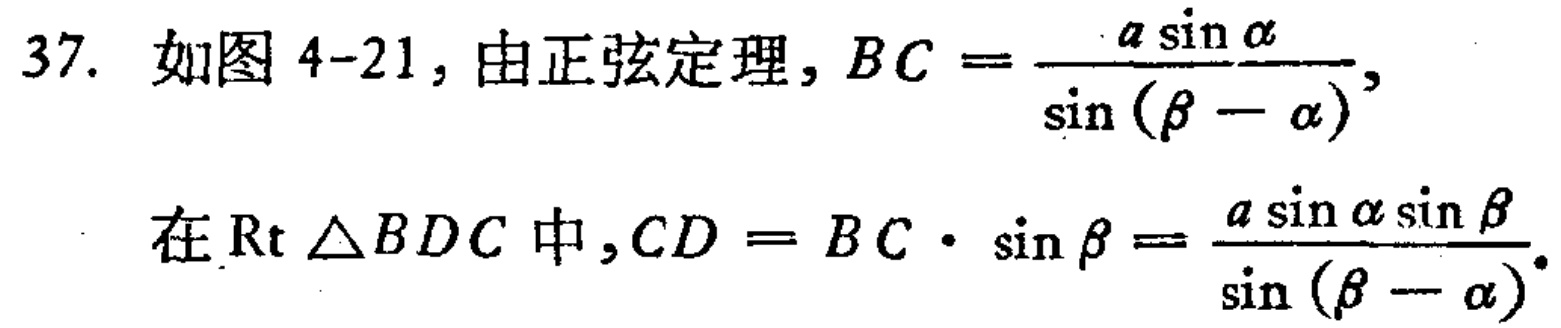
37. 如图 4-21, 由正弦定理, \(BC = \frac{a\sin\alpha}{\sin(\beta - \alpha)}\),
在\(\text{Rt }\triangle BDC\)中, \(CD = BC\cdot\sin\beta = \frac{a\sin\alpha\sin\beta}{\sin(\beta - \alpha)}\).